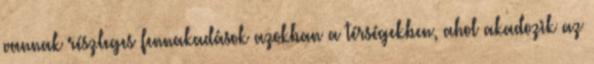
vannak részleges fennakadások azokban a térségekben, ahol akadozik az